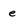
Character: e